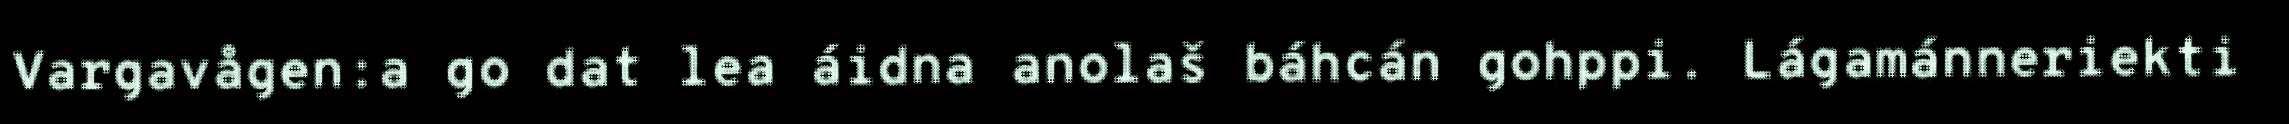
Vargavågen:a go dat lea áidna anolaš báhcán gohppi. Lágamánneriekti